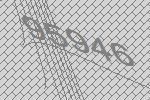
95946